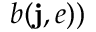
b ( \mathbf { j } , e ) )